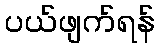
ပယ်ဖျက်ရန်